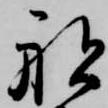
船